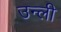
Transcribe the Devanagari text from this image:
उन्ली